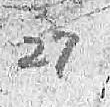
27